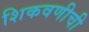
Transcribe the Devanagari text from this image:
शिकवणीची